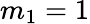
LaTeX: m_{1}=1